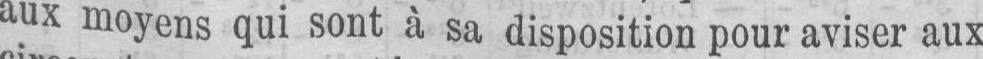
aux moyens qui sont à sa disposition pour aviser aux